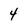
Character: 4